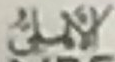
الأهلى